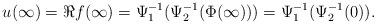
LaTeX: \begin{align*}u(\infty) = \Re f(\infty)= \Psi_1^{-1}(\Psi_2^{-1}(\Phi(\infty))) = \Psi_1^{-1}(\Psi_2^{-1}(0)).\end{align*}